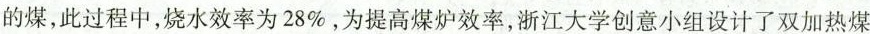
的煤，此过程中，烧水效率为28\%，为提高煤炉效率，浙江大学创意小组设计了双加热煤